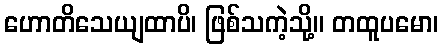
ဟောတိသေယျထာပိ၊ ဖြစ်သကဲ့သို့။ တထူပမော၊